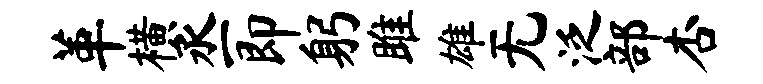
革横丞即躬雎雄无泛部杏